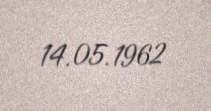
14.05.1962